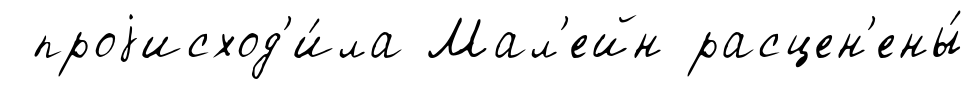
проjисход'и́ла Мал'ейн расцен'ены́